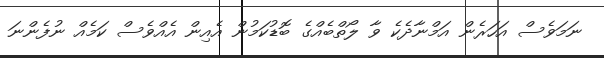
ނަމަވެސް އަހަރެން އަމްނާދެކެ ވާ ލޯތްބެއްގެ ބޮޑުކަމުން އެއިން އެއްވެސް ކަމެއް ނުފެންނަ